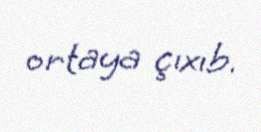
ortaya çıxıb.